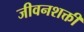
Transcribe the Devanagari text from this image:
जीवनशक्ती